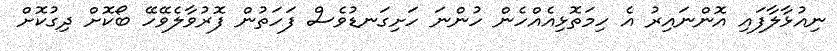
ނިއުޅާލާފައި އޮންނައިރު އެ ހިމަތޮޅިއެއްހެން ހުންނަ ހަށިގަނޑުވެސް ފަހަތުން ފޮރުވާލެވޭހޭ ބޯކޮށް ދިގުކޮށް